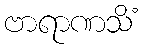
ဗာရာဏသိံ